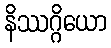
နိဿဂ္ဂိယော